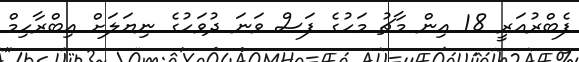
ފެބްރުއަރީ 18 އިން މާޗު މަހުގެ ފަސް ވަނަ ދުވަހުގެ ނިޔަލަށް އިބްރާހިމް